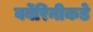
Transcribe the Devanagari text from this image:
बर्बेरिनीकडे